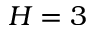
H = 3